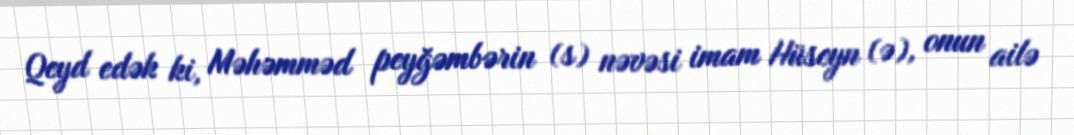
Qeyd edək ki, Məhəmməd peyğəmbərin (s) nəvəsi imam Hüseyn (ə), onun ailə